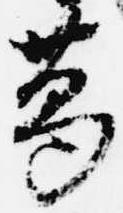
葛